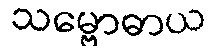
သမ္ဗောဓာယ